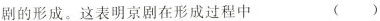
剧的形成。这表明京剧在形成过程中 ()